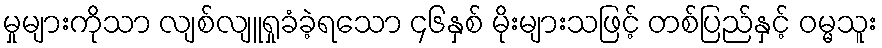
မှုများကိုသာ လျစ်လျူရှုခံခဲ့ရသော ၄၆နှစ် မိုးများသဖြင့် တစ်ပြည်နှင့် ဝမ္မသူး